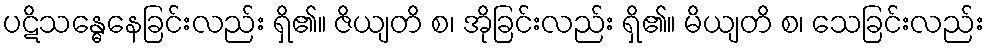
ပဋိသန္ဓေနေခြင်းလည်း ရှိ၏။ ဇိယျတိ စ၊ အိုခြင်းလည်း ရှိ၏။ မိယျတိ စ၊ သေခြင်းလည်း